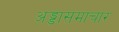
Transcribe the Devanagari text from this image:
अड्डासमाचार